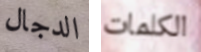
الدجال الكلمات